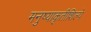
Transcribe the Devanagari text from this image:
मनुष्याकृतीशिल्पे